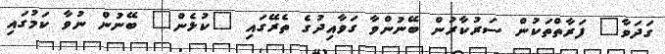
ގަދަވާ" ފަރާތްތަކުން ސަރުކާރުން ބޭނުންވާ ގަވާއިދުގެ ތެރޭގައި "ކުޅެން" ބޭނުން ނުވާ ކަމުގައި